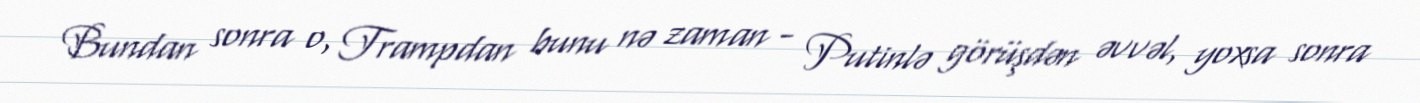
Bundan sonra o, Trampdan bunu nə zaman - Putinlə görüşdən əvvəl, yoxsa sonra